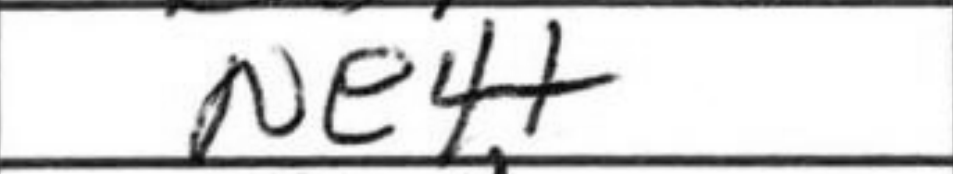
Transcription: Ne4+